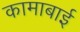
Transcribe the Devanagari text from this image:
कामाबाई